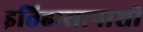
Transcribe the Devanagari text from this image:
इतिहासापाशी